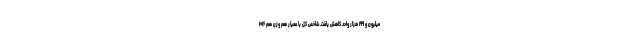
میلیون و ۱۹۹ هزار واحد کاهش یافت. شاخص کل با معیار هم وزن هم ۱۰۱۶